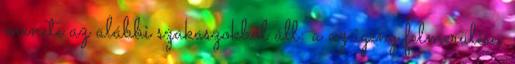
menete az alábbi szakaszokból áll: a az igény felmerülése,